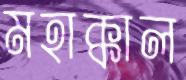
মহাক্কাল